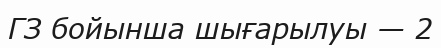
ГЗ бойынша шығарылуы — 2